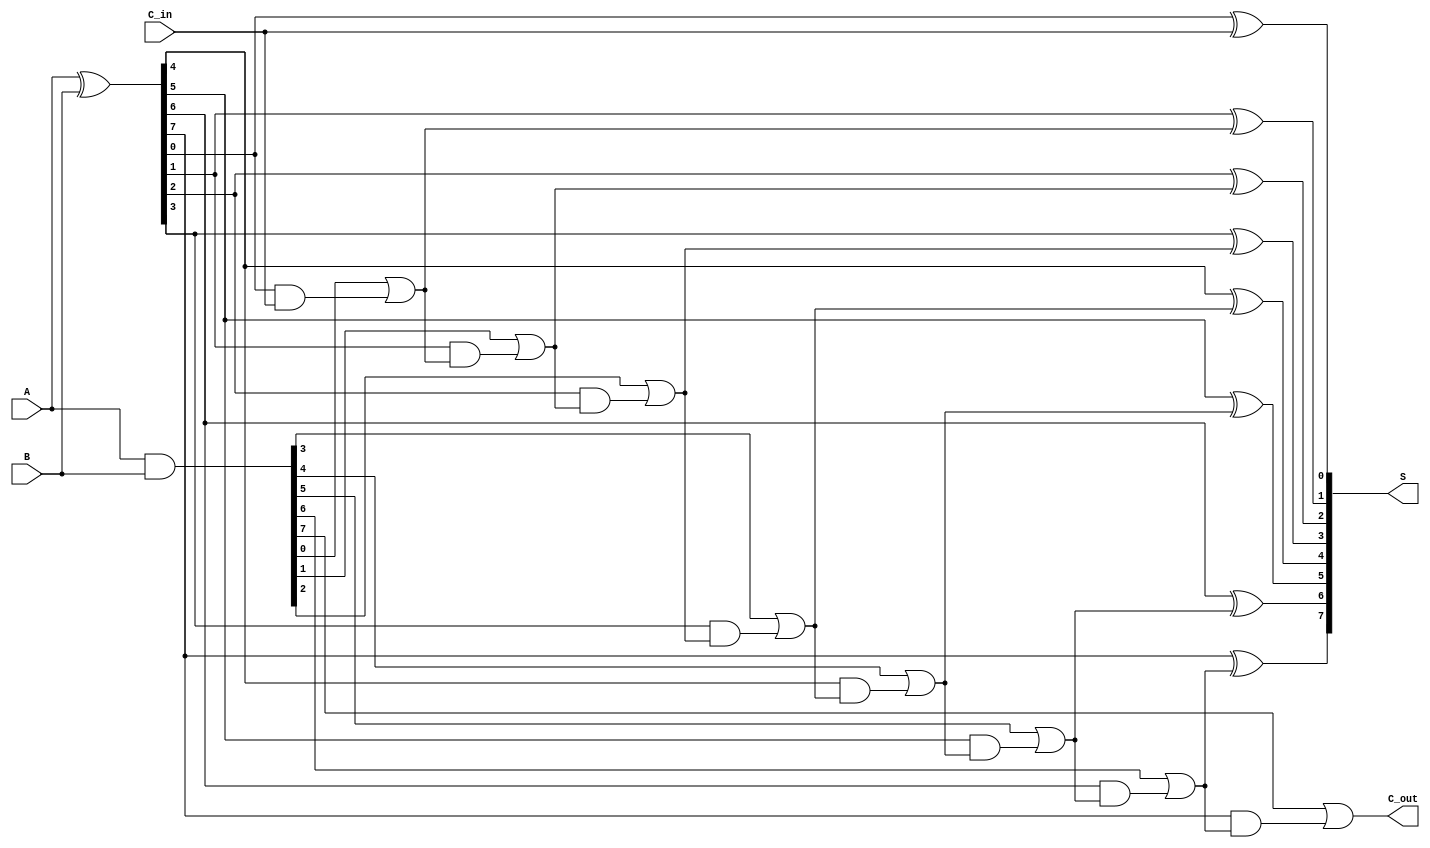
module brent_kung_adder #(
    parameter N = 8 // Parameter to define the bit width of the adder
)(
    input [N-1:0] A,      // First binary number
    input [N-1:0] B,      // Second binary number
    input C_in,           // Carry-in
    output [N-1:0] S,     // Sum output
    output C_out          // Carry-out output
);

    // Generate and Propagate signals
    wire [N-1:0] G;       // Generate signals
    wire [N-1:0] P;       // Propagate signals
    wire [N:0] C;         // Carry signals

    // Generate and Propagate Logic
    assign G = A & B;     // G[i] = A[i] & B[i]
    assign P = A ^ B;     // P[i] = A[i] ^ B[i]

    // Carry signals initialization
    assign C[0] = C_in;   // First carry input

    // Level 1 of Carry Tree
    genvar i;
    generate
        for (i = 0; i < N; i = i + 1) begin : carry_level1
            assign C[i + 1] = G[i] | (P[i] & C[i]); // C[i+1] = G[i] | (P[i] & C[i])
        end
    endgenerate

    // Sum Calculation
    generate
        for (i = 0; i < N; i = i + 1) begin : sum_calc
            assign S[i] = P[i] ^ C[i]; // S[i] = P[i] ^ C[i]
        end
    endgenerate

    // Final Carry-Out
    assign C_out = C[N]; // Final carry-out is the last computed carry

endmodule